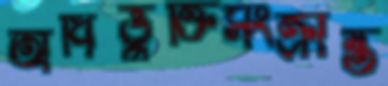
অধিভুক্তিসংক্রান্ত